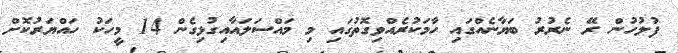
ފުލުހުން ރޭ ނެރުރު ބަޔާނެއްގައި ހާމަކުރެއްވިގޮތުގައި މި މައްސަލައާއިގުޅިގެން 14 މީހަކު ހައްޔަރުކޮށް